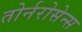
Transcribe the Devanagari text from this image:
तोर्नरोसेन्स